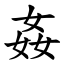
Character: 姦